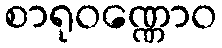
စာရုဝဏ္ဏောဝ